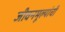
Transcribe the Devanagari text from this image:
जीवनमूल्यांची